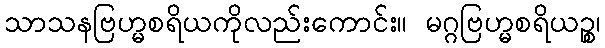
သာသနဗြဟ္မစရိယကိုလည်းကောင်း။ မဂ္ဂဗြဟ္မစရိယဉ္စ၊